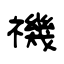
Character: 禨